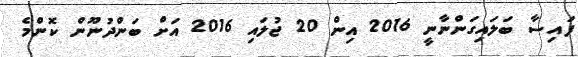
ފައިސާ ބަލައިގަންނާނީ 2016 އިން 20 ޖުލައި 2016 އަށް ބަންދުނޫން ކޮންމެ